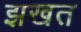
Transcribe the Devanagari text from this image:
झखत